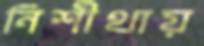
নিশীথায়